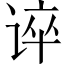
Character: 谇